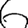
Digit: 6